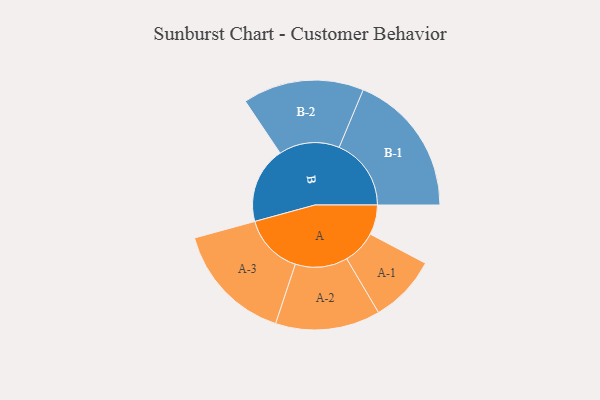
{"axis": {"x": "Segment", "y": "Value"}, "legend": ["", "A", "B"], "data": [{"x": "A", "y": 109, "type": ""}, {"x": "B", "y": 280, "type": ""}, {"x": "A-1", "y": 124, "type": "A"}, {"x": "A-2", "y": 192, "type": "A"}, {"x": "A-3", "y": 221, "type": "A"}, {"x": "B-1", "y": 264, "type": "B"}, {"x": "B-2", "y": 222, "type": "B"}]}